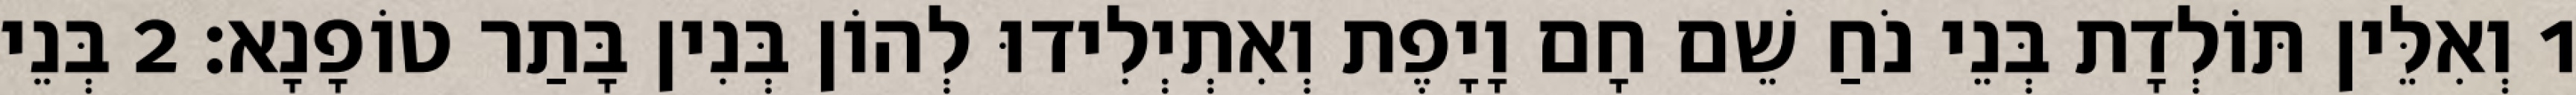
1 וְאִלֵּין תּוֹלְדָת בְּנֵי נֹחַ שֵׁם חָם וָיָפֶת וְאִתְיְלִידוּ לְהוֹן בְּנִין בָּתַר טוֹפָנָא׃ 2 בְּנֵי